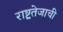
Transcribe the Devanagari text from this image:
राष्ट्रतेजाची